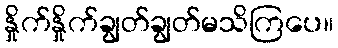
နှိုက်နှိုက်ချွတ်ချွတ်မသိကြပေ။